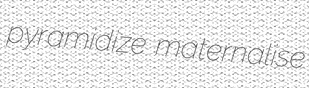
pyramidize maternalise